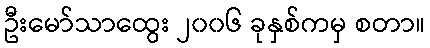
ဦးမော်သာထွေး ၂၀၀၆ ခုနှစ်ကမှ စတာ။